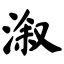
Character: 溆